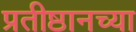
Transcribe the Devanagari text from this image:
प्रतीष्ठानच्या